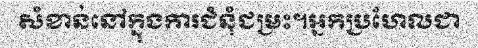
សំខាន់នៅក្នុងការជំនុំជម្រះ។អ្នកប្រហែលជា